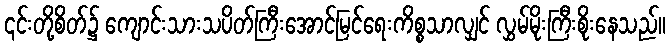
၎င်းတို့စိတ်၌ ကျောင်းသားသပိတ်ကြီးအောင်မြင်ရေးကိစ္စသာလျှင် လွှမ်မိုးကြီးစိုးနေသည်။